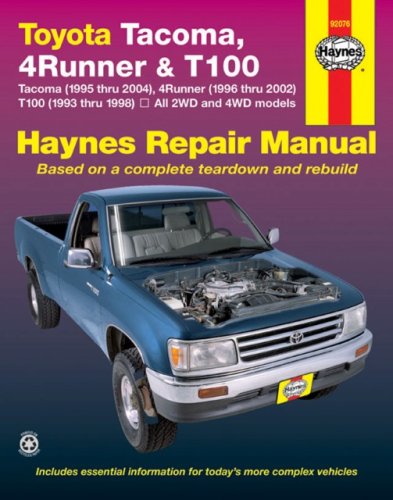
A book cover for TOYOTA TACOMA (1995-2004), 4RUNNER (1996-2002) & T100 (1993-1998)(Haynes Repair Manual); Ken Freund; Engineering & Transportation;